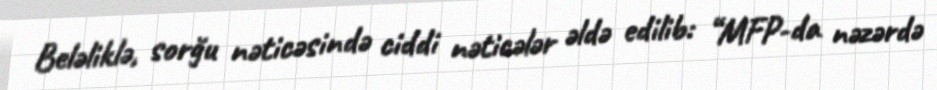
Beləliklə, sorğu nəticəsində ciddi nəticələr əldə edilib: “MFP-da nəzərdə